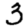
Digit: 3